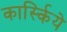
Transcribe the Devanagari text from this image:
कार्स्किये